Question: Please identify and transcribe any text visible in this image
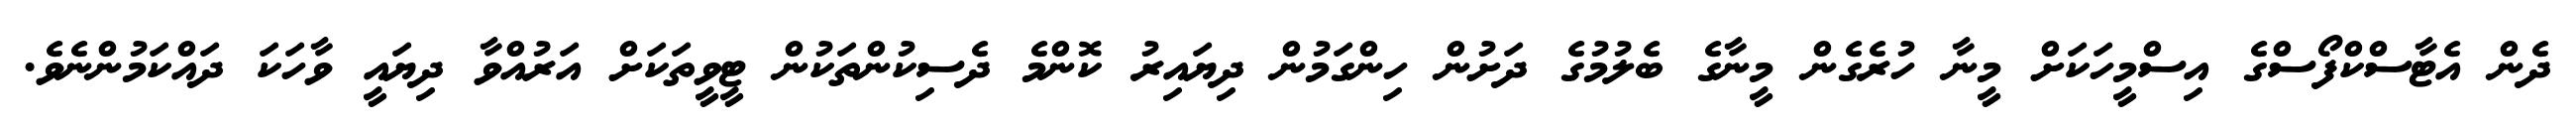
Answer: ދެން އެޓާސްކްފޯސްގެ އިސްމީހަކަށް މީނާ ހުރެގެން މީނާގެ ބެލުމުގެ ދަށުން ހިންގަމުން ދިޔައިރު ކޮންމެ ދެސިކުންތަކުން ޓީވީތަކަށް އަރުއްވާ ދިޔައީ ވާހަކަ ދައްކަމުންނެވެ.